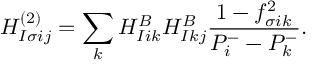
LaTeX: H _ { I \sigma i j } ^ { ( 2 ) } = \sum _ { k } H _ { I i k } ^ { B } H _ { I k j } ^ { B } \frac { 1 - f _ { \sigma i k } ^ { 2 } } { P _ { i } ^ { - } - P _ { k } ^ { - } } .